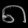
Digit: ၈